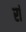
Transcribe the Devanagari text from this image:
रां